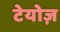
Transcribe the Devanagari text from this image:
टेयोज़